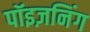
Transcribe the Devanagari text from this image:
पॉइज़निंग